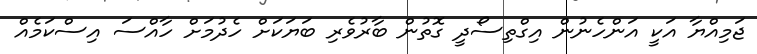
ޖަމިއްޔާ އަކީ އަންހެނުން އިގްތިސޯދީ ގޮތުން ބާރުވެރި ބަޔަކަށް ހެދުމަށް ހާއްސަ އިސްކަމެއް